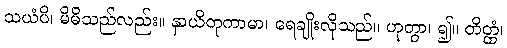
သယံပိ၊ မိမိသည်လည်း။ နှာယိတုကာမာ၊ ရေချိုးလိုသည်။ ဟုတွာ၊ ၍။ တိတ္ထံ၊